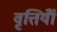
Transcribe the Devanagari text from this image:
वृत्तियॉँ